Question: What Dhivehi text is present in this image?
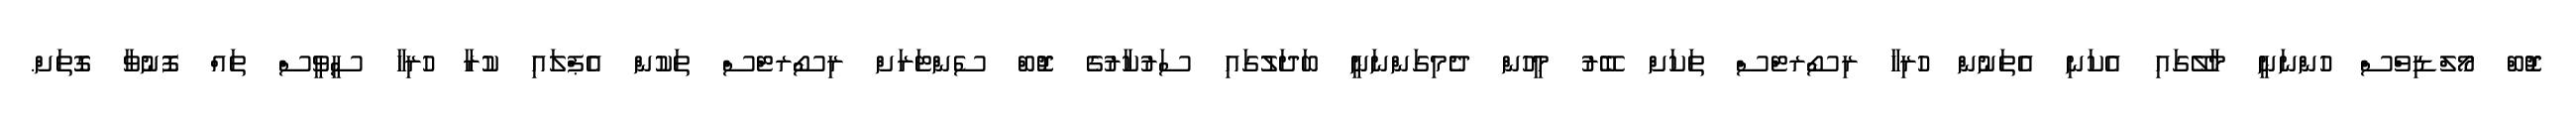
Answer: ޖޮބް މޯލްޑިވްސް ހުންނަނީ މާލޭގައި އެކަނި އެތަނުން ހުރިހާ ރިސޯރޓްސް ތަކަށް ބޭރު މީހުން ދެމިގަންނަނީ ބަދަލުގައި ސަރުކާރުގެ ޖޮބް ސެންޓަރަށް ރިސޯރޓްސް ތަކުން އެޕްލައި ކުރާ ހުރިހާ ސީވީސް ތައް ފޮނުވާ ގޮތަށް.